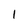
Character: 1